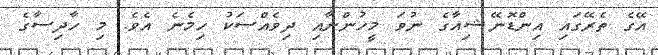
އޭގެ ތެރޭގައި އިންޑޮނޭޝިއާގެ ނުވަ މީހުންނާއި ދިވެއްސަކު ހިމެނެ އެވެ. މި ހާދިސާގެ